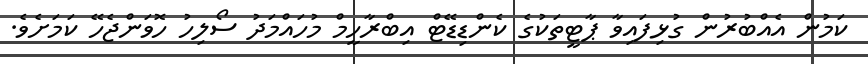
ކަމުން އެއްބުރުން ގުޅިފައިވާ ޕާޓީތަކުގެ ކެންޑިޑޭޓް އިބްރާހީމް މުހައްމަދު ސޯލިހު ހޮވަންޖެހޭ ކަމަށެވެ.